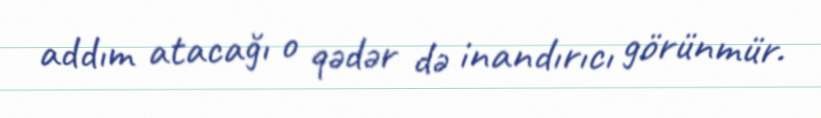
addım atacağı o qədər də inandırıcı görünmür.